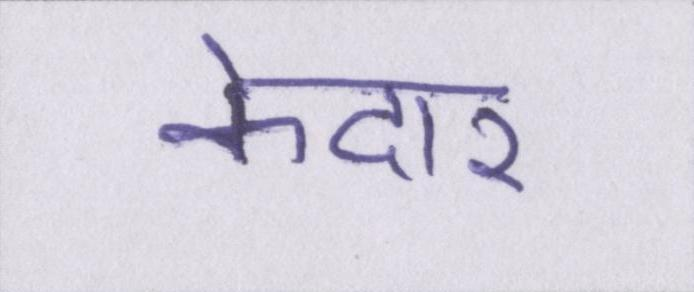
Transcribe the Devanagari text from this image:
केदार